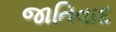
જાતિવાદ